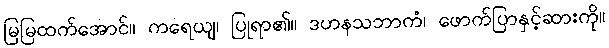
မြမြထက်အောင်။ ကရေယျ၊ ပြုရာ၏။ ဒဟနသဘာကံ၊ ဖောက်ပြာနှင့်ဆားကို။